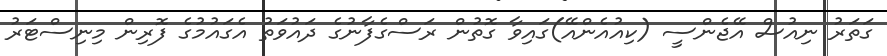
ގަތަރު ނިއުސް އޭޖެންސީ (ކިއުއެންއޭ)ގައިވާ ގޮތުން ރަސްގެފާނުގެ ދައުވަތު އެގައުމުގެ ފޮރިން މިނިސްޓަރު